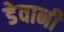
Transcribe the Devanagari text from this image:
डेवानी